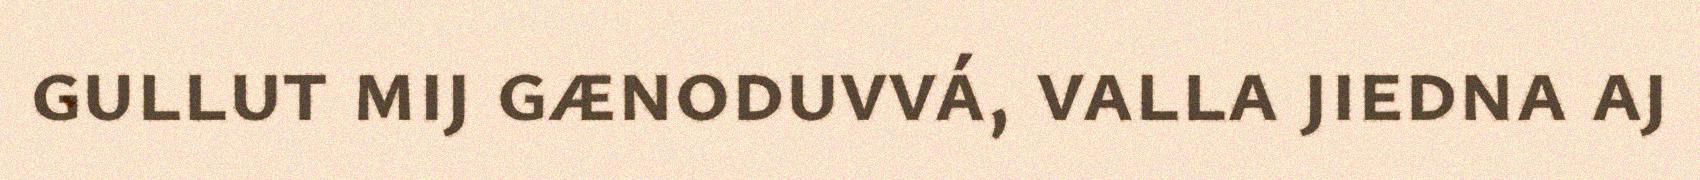
gullut mij gænoduvvá, valla jiedna aj